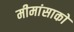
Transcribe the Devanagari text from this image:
मीमांसाकाे